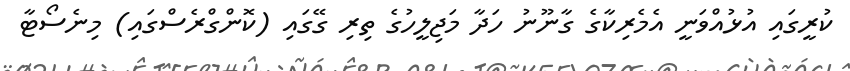
ކުރީގައި އުޅުއްވަނީ އެމެރިކާގެ ގާނޫނު ހަދާ މަޖިލީހުގެ ތިރި ގޭގައި (ކޮންގްރެސްގައި) މިނެސޯޓާ